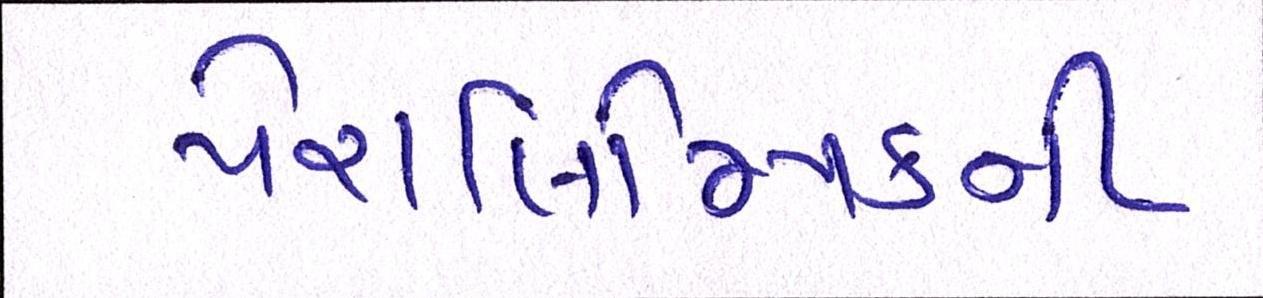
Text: પેરાલિમ્પિકની